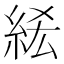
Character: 𥿭